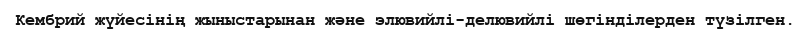
Кембрий жүйесінің жыныстарынан және элювийлі-делювийлі шөгінділерден түзілген.